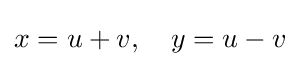
x=u+v,\quad y=u-v